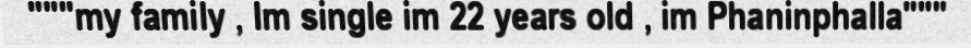
"""my family , Im single im 22 years old , im Phaninphalla"""